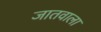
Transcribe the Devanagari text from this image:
जातवाला